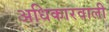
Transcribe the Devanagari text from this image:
अधिकारवाली